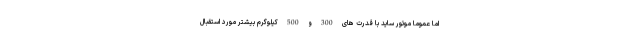
اما عموما موتور ساید با قدرت های 300 و 500 کیلوگرم بیشتر مورد استقبال